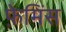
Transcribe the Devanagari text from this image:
फ़ेमिंस